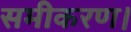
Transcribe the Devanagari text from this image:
समीकरण।